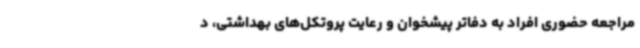
مراجعه حضوری افراد به دفاتر پیشخوان و رعایت پروتکل‌های بهداشتی، د